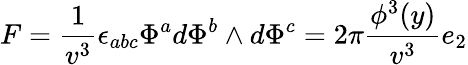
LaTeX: F=\frac 1{v^{3}}\epsilon_{abc}\Phi^{a}d\Phi^{b}\wedge d\Phi^{c}=2\pi\frac{\phi^{3}(y)}{v^{3}}e_{2}